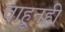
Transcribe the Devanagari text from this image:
वाहूनही